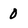
Character: 0